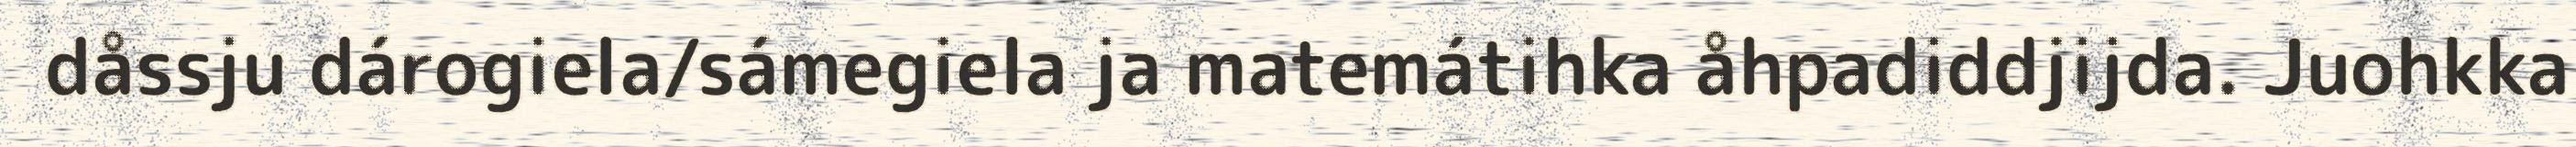
dåssju dárogiela/sámegiela ja matemátihka åhpadiddjijda. Juohkka